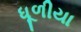
ધૂળીયા